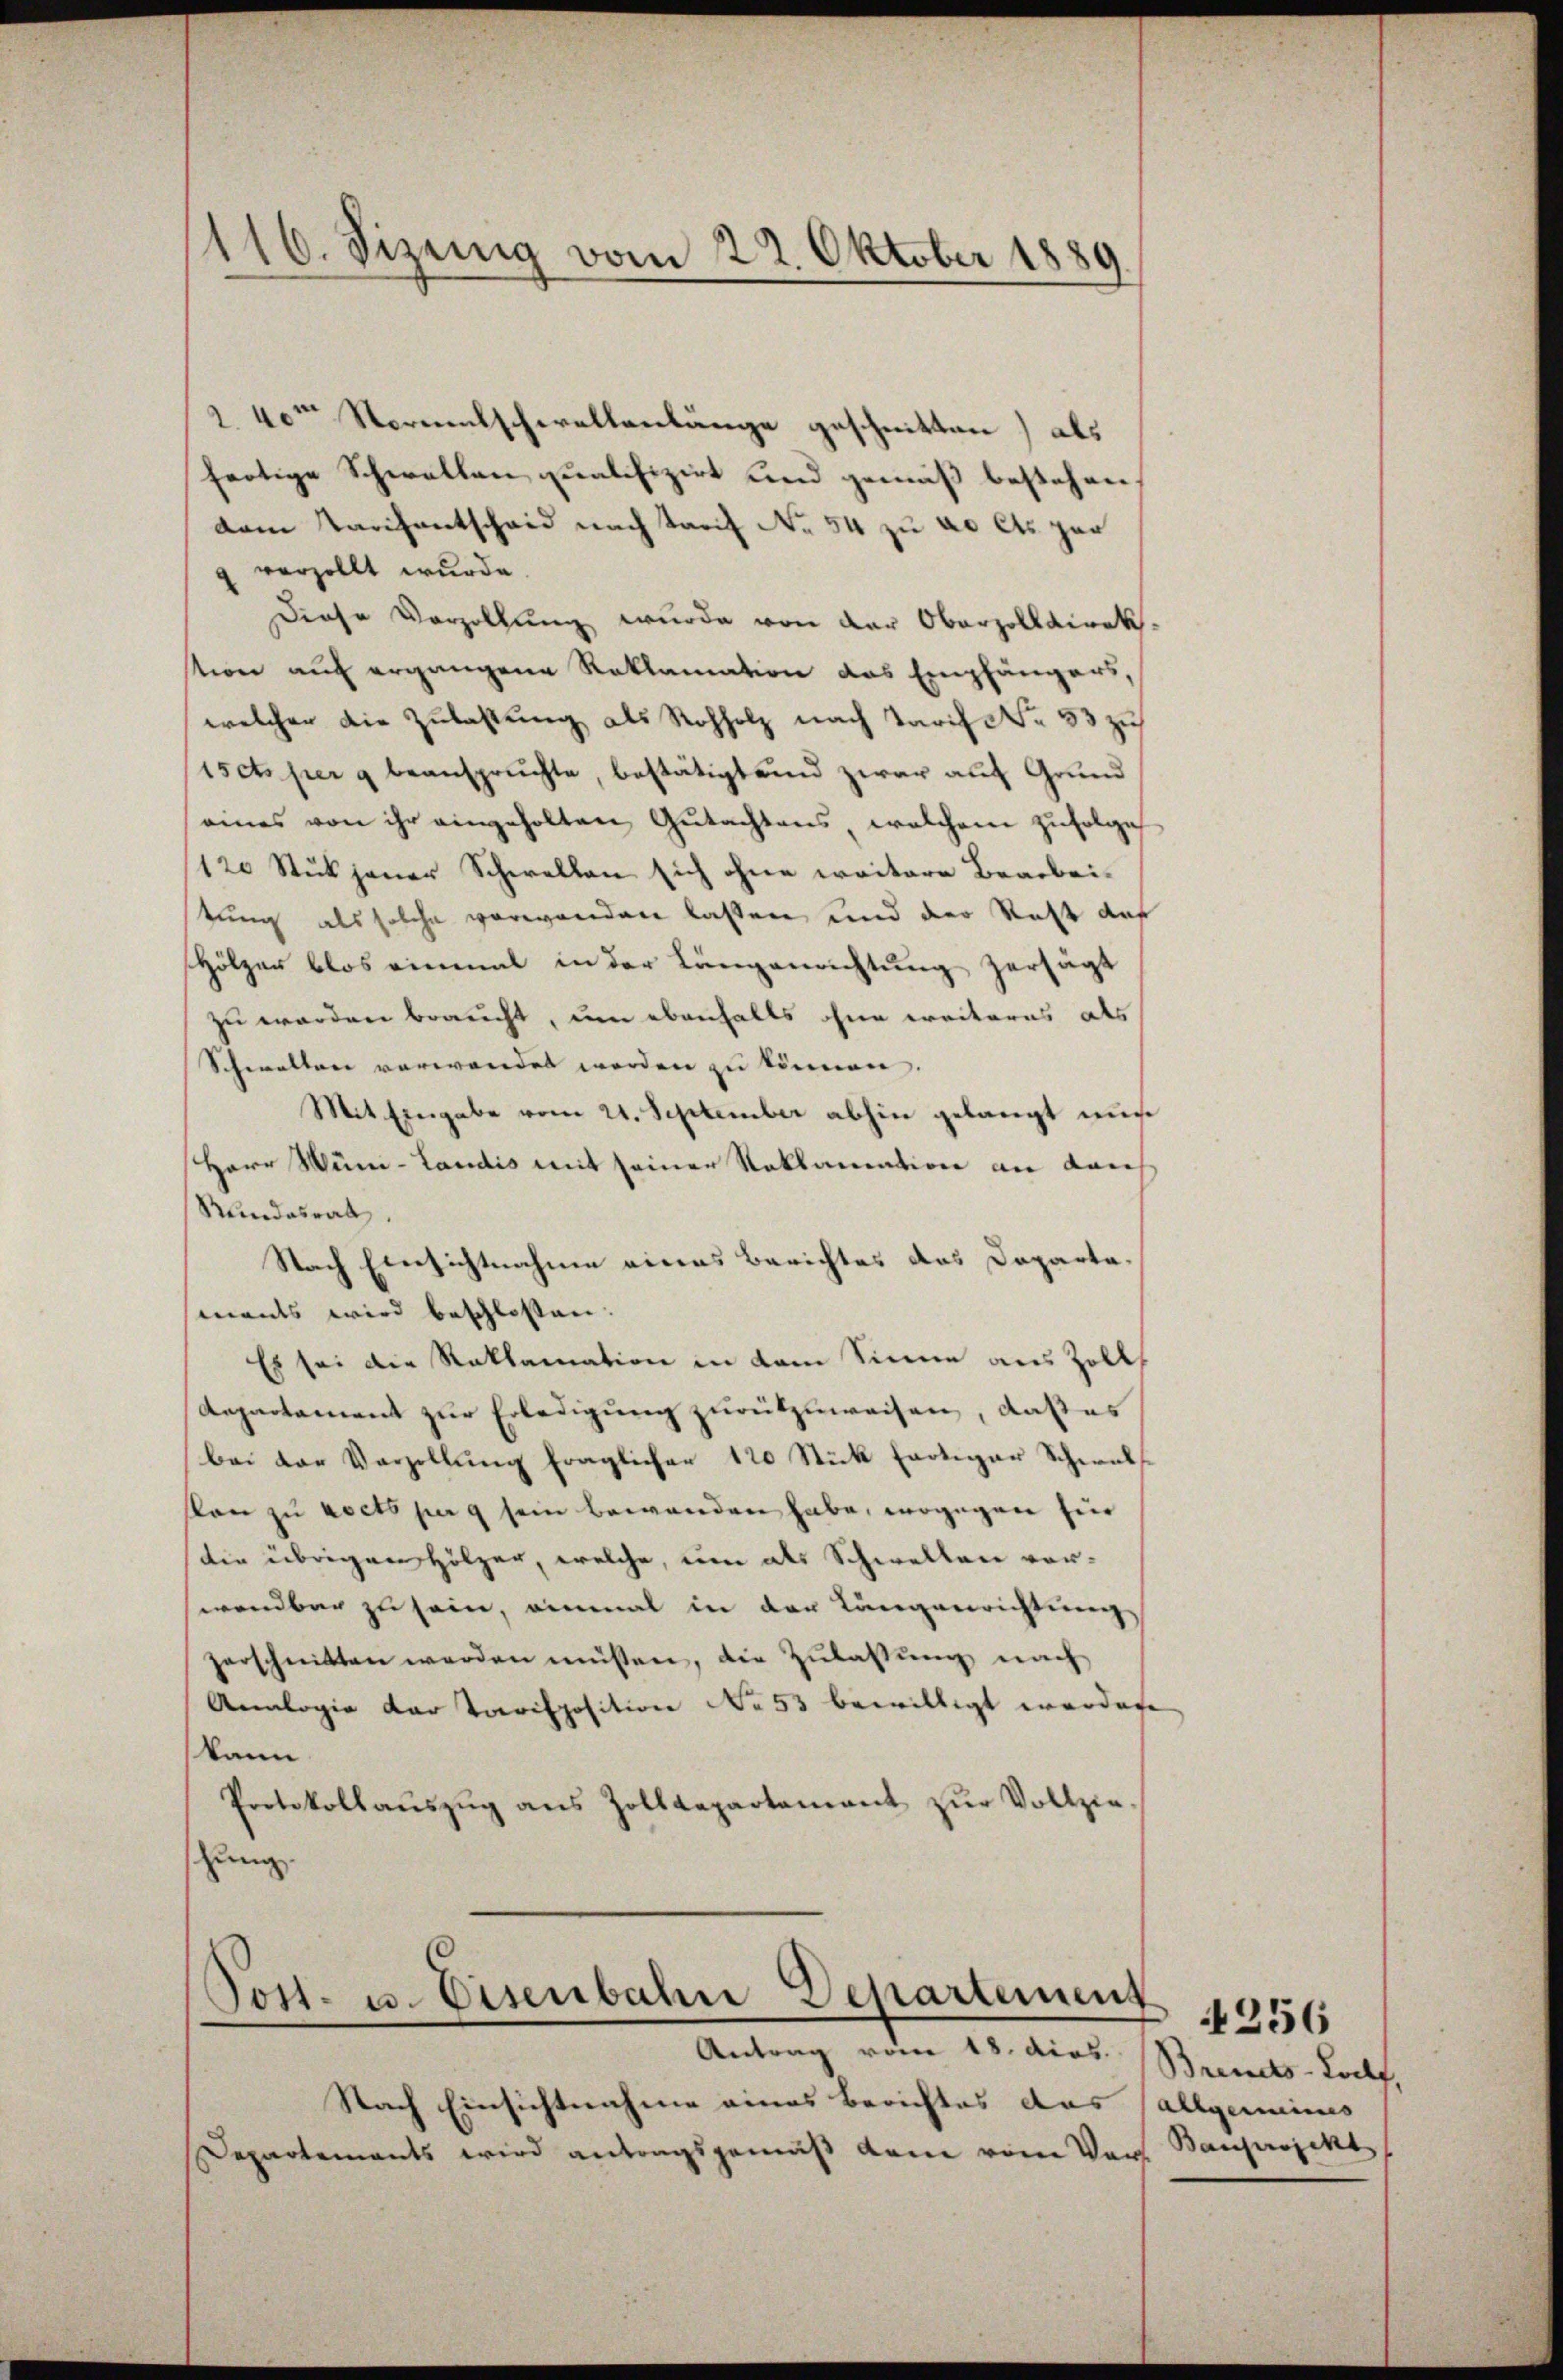
116. Fizenig vom 22. Oktober 1889.

2. 40 Sternalschwellenlänge geschnitten) als
fertige Schwellen qualifizirt und gemäß bestehen
dem Tarchentscheid nach Tarif No 54 zu 20 Cts par
vorzollt wurde.
Diese Vorzollung wurde von der Oberzolldirek
stion auf ergangene Reklamation das Empfängers,
welcher die Zulaßung als Rohholz nach Tarif No 53 zu
iscts per g beanspruchte, bestätigt und zwar auf Grund
seines von ihr eingeholten Gutachtens welchem zufolge
120 Stück jener Schwellen sich ohne weitere Bearbeitung als solche verwanden lassen und der Statt auf
Hölzer blos einmal in der Längenrichtung zersägt
zu werden braucht, um ebenhalts ohne weiteres als
Schwalten verwendet werden zu können.
Mit Eingabe vom 21. September abhin gelangt nur
Herr Wüni-Landis mit seiner Reklamation an dah
Rundesrat
Nach Ebersichtnahme eines Berichtes das Daparta-
ments wird beschlossen. |
Es sei die Reklamation in dem Sinne aus Zolls
departament zur Erledigung zurükzuweisen, daß es
bei der Vorzellŭng fraglicher 120 Stück fortiger Schwuls
son zu rects per 9 sein bewenden habe, wogegen für
die übrigen Hölzer, welche, um als Schwellen vorwendbar zu sein, einmal in der Lungenrichtung
zerschnitten werden müssen, die Zŭlassŭng nach
Analogie der Parisposition No 53 bewilligt werden
kann.
Protokollaŭszŭg ans Zolldepartamant zŭr Vollzie-
hung.

Post- u. Eisenbahn Departement
Antrag vom 18. dies.

Nach Einsichtnahme eines Berichtes das
Departements wird antragsgemäβ dem vom Vor Banjaojekt

Brents-Lolf,
Allgemeines

4256